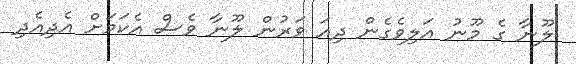
ލޫނާ ގެ މޫނު އަލިވެގެން ދިއަ ވަރުން ލޫނާ ވެސް އެކަމަށް އެދިއެދި